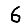
Digit: 6